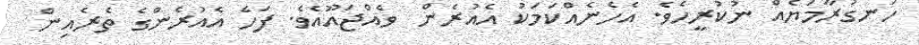
ހަނގުރާމަޔެއް ނުކުރީހެވެ. އެހެނެއްކަމަކު އެއުރެން  ވެއްޖައޫއެވެ. ފަހެ އެއުރެންގެ ތެރެއިން